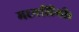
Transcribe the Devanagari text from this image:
मध्यलिंगी।